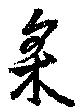
采